Vabadussoja_Ajaloo_Komitee, lk 21
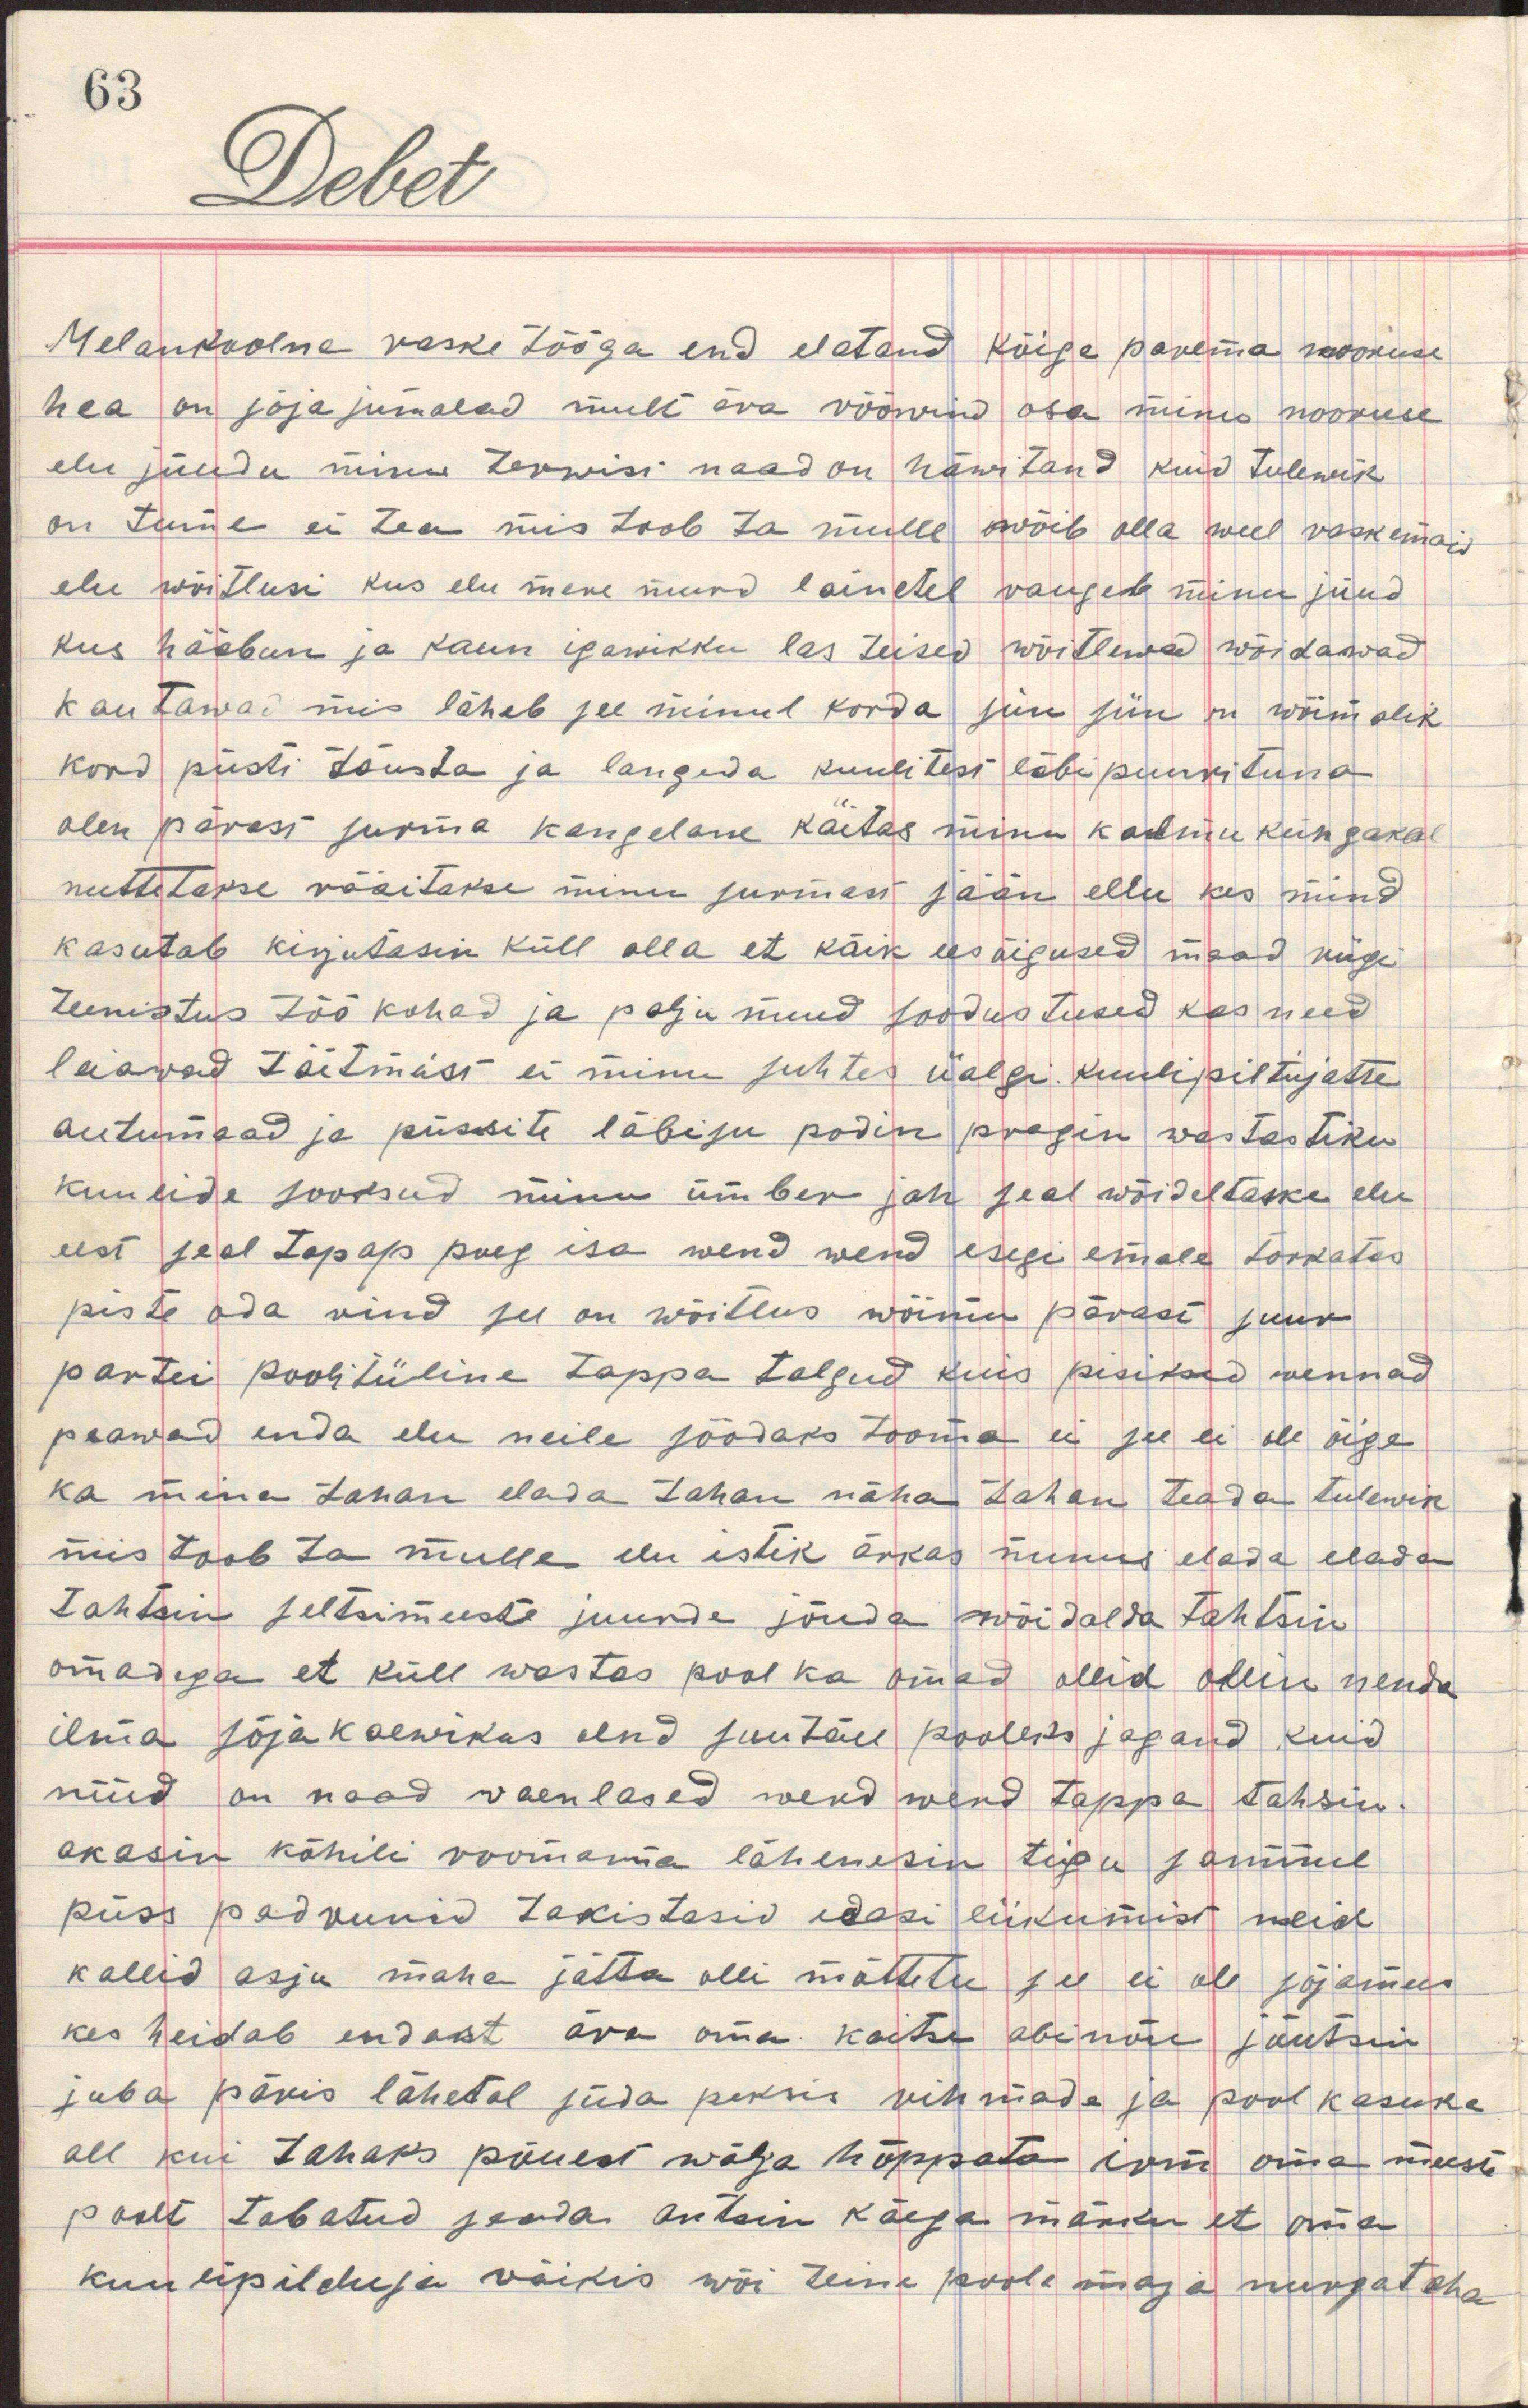
melankoolne raske tööga end elatand kõige parema nooruse
hea on sõja jumalad mull ära rõõwind osa minu nooruse
elu jõudu minu terwist naad on häwitand kuid tulewik
on tume ei tea mis toob ta mulle wõib olla weel raskemad
elu wõitlusi kus elu mere murd lainetel raugeb minu jõud
kus hääbun ja kaun igawikku las teised wõitlewad wõidawad
kautawad mis läheb see minul korda siin siin on wõimalik
kord püsti tõusta ja langeda kuulitest läbipuurituna
olen pärast surma kangelane käitas minu kalmu küngakal
nuttetakse räsitakse minu surmast jään ellu kes mind
kasutab kirjutasin küll alla et kõik ees õigused maad keige
teenistus töökohad ja palju muud soodustused kas need 
leiawad täitmist ei minu suhtes iialgi kuulipiltujatse
autumaad ja püssite läbisu podin pragin wastastiku
kuulide jooksud minu ümber jah seal wõideldakse elu
eest seal tapap poeg isa wend wend isegi emale torkates
piste oda rind see on wõitlus wõimu pärast suur
partei poolitiiline tappa talgud kuis pisiked wennad
peawad enda elu meile söödaks tooma ei see ei ole õige
ka mina tahan elada tahan näha tahan teada tulewik
mis toob ta mulle elu istik ärkas minus elada elada
tahtsin seltsimeeste juurde jõuda wõidalda tahtsin
omadega et küll wastas pool ka omad ollid ollin nende
ilma sõja kaewikus olnd suutäie pooleks jagand kuid 
nüid on naad waenlased wend wend tappa tahsin
akasin kõhili roomama lähenesin tigu sammul
püss padrunid takistasid edasi liikumist neid
kallid asju maha jätta olli mõttetu see ei ole sõjamees
kes heidab endast ära oma kaitse abinõu jõutsin
juba päris lähetal süda peksis rihmade ja pool kasuka
all kui tahaks põuest wälja hüppata irm oma meeste
poolt tabatud saada antsin käega märku et oma
kuulipilduja waikis wõi teine poole maja nurga taha